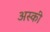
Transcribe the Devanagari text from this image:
अस्की